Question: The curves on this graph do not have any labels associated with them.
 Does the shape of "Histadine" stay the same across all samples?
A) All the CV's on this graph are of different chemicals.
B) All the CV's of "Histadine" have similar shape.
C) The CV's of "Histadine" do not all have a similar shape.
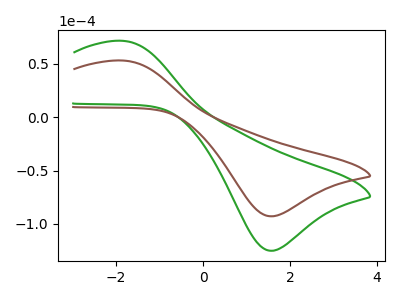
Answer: <think>The green curve "green" has an anodic peak at (-1.85V, 71.55uA) and a cathodic peak at (1.55V, -125.10uA). The brown curve "brown" has an anodic peak at (-1.85V, 53.10uA) and a cathodic peak at (1.55V, -92.85uA).
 All the peaks in "green" have a peak in "brown" at the same potential. Every peak in "green" is higher than every peak in "brown".</think>
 <answer>B) All the CV's of "Histadine" have similar shape.</answer>
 <eval>B</eval>